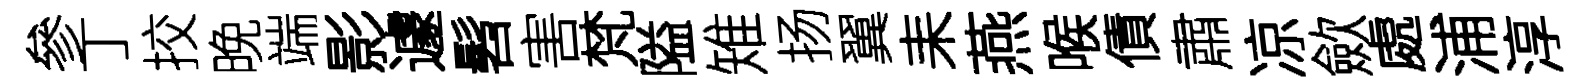
參丁挍晚端影遽髫害梵隘雉扬翼耒燕喉債肅凉歛處浦淳